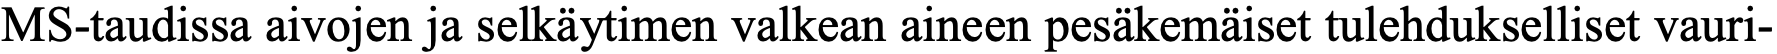
MS-taudissa aivojen ja selkäytimen valkean aineen pesäkemäiset tulehdukselliset vauri-